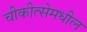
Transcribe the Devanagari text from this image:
चीकीत्सेमधील